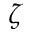
\boldsymbol { \zeta }